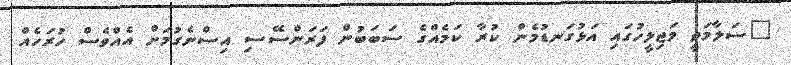
"ސަލާމަތީ މަޖިލީހުގައި އަޅުގަނޑުމެން ކުރާ ކަމެއްގެ ސަބަބުން ފަރަންސޭސި އިސްނެގުމަށް އެއްވެސް ހުރަހެއް